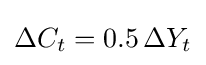
\Delta C_{t}=0.5\,\Delta Y_{t}